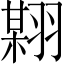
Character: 𱻟